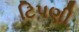
ટિપણી